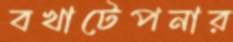
বখাটেপনার